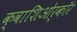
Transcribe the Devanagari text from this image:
क्वाशिओर्कॉर